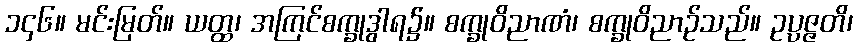
၁၄၆။ မင်းမြတ်။ ယတ္ထ၊ အကြင်စက္ခုဒွါရ၌။ စက္ခုဝိညာဏံ၊ စက္ခုဝိညာဉ်သည်။ ဥပ္ပဇ္ဇတိ၊